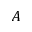
A